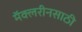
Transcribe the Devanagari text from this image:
मॅक्लरीनसाठी